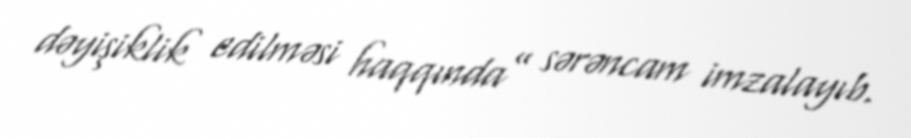
dəyişiklik edilməsi haqqında” sərəncam imzalayıb.